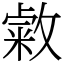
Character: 敹